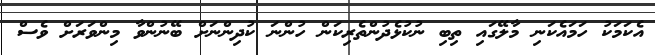
އެކަމަކު ހަމައެކަނި މާލޭގައި ތިބި ނުކުޅެދުންތެރިކަން ހުންނަ ކުދިންނަށް ބޭނުންވާ މިންވަރަށް ވެސް